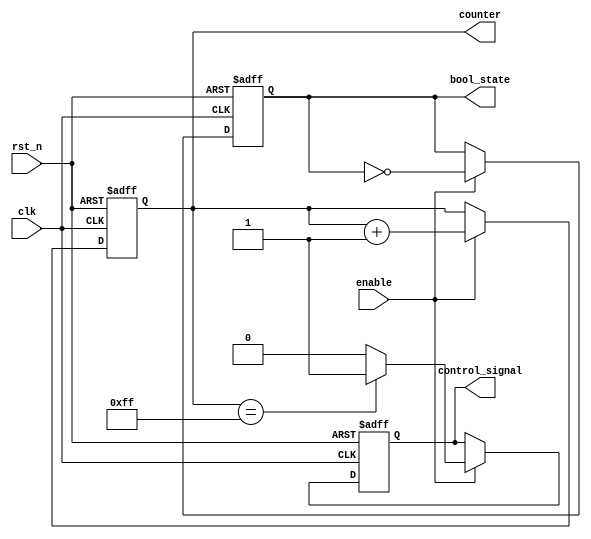
module default_state_initialization (
    input wire clk,        // Clock signal
    input wire rst_n,      // Active low reset signal
    input wire enable,     // Enable signal for normal operation
    output reg [7:0] counter,   // Example counter
    output reg bool_state, // Example boolean state
    output reg control_signal // Example control signal
);

    // Default values
    localparam DEFAULT_COUNTER = 8'b00000000;  // Default value for counter
    localparam DEFAULT_BOOL_STATE = 1'b0;       // Default value for boolean state
    localparam DEFAULT_CONTROL_SIGNAL = 1'b0;   // Default value for control signal

    // Asynchronous reset behavior
    always @(posedge clk or negedge rst_n) begin
        if (!rst_n) begin
            // Reset state variables to default values
            counter <= DEFAULT_COUNTER;
            bool_state <= DEFAULT_BOOL_STATE;
            control_signal <= DEFAULT_CONTROL_SIGNAL;
        end else if (enable) begin
            // Normal operation logic (example)
            counter <= counter + 1; // Increment counter
            bool_state <= ~bool_state; // Toggle boolean state
            control_signal <= (counter == 8'b11111111) ? 1'b1 : 1'b0; // Example control signal logic
        end
    end

endmodule